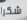
شكرا